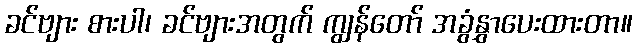
ခင်ဗျား စားပါ၊ ခင်ဗျားအတွက် ကျွန်တော် အခွံနွှာပေးထားတာ။